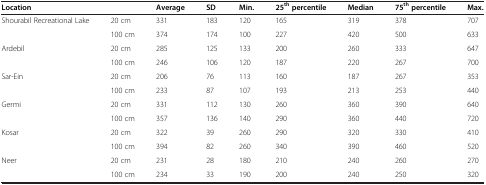
<table><thead><tr><td colspan="2"><b>Location</b></td><td><b>Average</b></td><td><b>SD</b></td><td><b>Min.</b></td><td><b>25<sup>th</sup>percentile</b></td><td><b>Median</b></td><td><b>75<sup>th</sup>percentile</b></td><td><b>Max.</b></td></tr></thead><tbody><tr><td>Shourabil Recreational Lake</td><td>20 cm</td><td>331</td><td>183</td><td>120</td><td>165</td><td>319</td><td>378</td><td>707</td></tr><tr><td> </td><td>100 cm</td><td>374</td><td>174</td><td>100</td><td>227</td><td>420</td><td>500</td><td>633</td></tr><tr><td>Ardebil</td><td>20 cm</td><td>285</td><td>125</td><td>133</td><td>200</td><td>260</td><td>333</td><td>647</td></tr><tr><td> </td><td>100 cm</td><td>246</td><td>106</td><td>120</td><td>187</td><td>220</td><td>267</td><td>700</td></tr><tr><td>Sar-Ein</td><td>20 cm</td><td>206</td><td>76</td><td>113</td><td>160</td><td>187</td><td>267</td><td>353</td></tr><tr><td> </td><td>100 cm</td><td>233</td><td>87</td><td>107</td><td>193</td><td>213</td><td>253</td><td>440</td></tr><tr><td>Germi</td><td>20 cm</td><td>331</td><td>112</td><td>130</td><td>260</td><td>360</td><td>390</td><td>640</td></tr><tr><td> </td><td>100 cm</td><td>357</td><td>136</td><td>140</td><td>290</td><td>360</td><td>440</td><td>720</td></tr><tr><td>Kosar</td><td>20 cm</td><td>322</td><td>39</td><td>260</td><td>290</td><td>320</td><td>330</td><td>410</td></tr><tr><td> </td><td>100 cm</td><td>394</td><td>82</td><td>260</td><td>340</td><td>390</td><td>460</td><td>520</td></tr><tr><td>Neer</td><td>20 cm</td><td>231</td><td>28</td><td>180</td><td>210</td><td>240</td><td>260</td><td>270</td></tr><tr><td> </td><td>100 cm</td><td>234</td><td>33</td><td>190</td><td>200</td><td>240</td><td>250</td><td>320</td></tr></tbody></table>